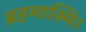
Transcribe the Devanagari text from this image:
ब्रहमास्मि।